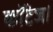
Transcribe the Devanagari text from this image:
कॉटेज।